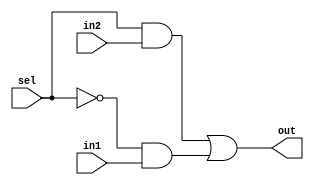
module mux1_2to1(in1, in2, sel, out);
    input in1, in2, sel;
    output out;

    wire a1, a2, sel0;
    not n1(sel0, sel);
    and an1(a1, sel, in2);
    and an2(a2, sel0, in1);
    or o1(out, a1, a2);
endmodule